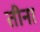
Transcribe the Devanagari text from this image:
तीना